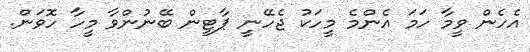
އެހެން ވީމާ ހަމަ އެންމެ މީހަކު ޖެހޭނީ ޕާޓީން ބޭނުންވާ މީހާ ހޮވަން.